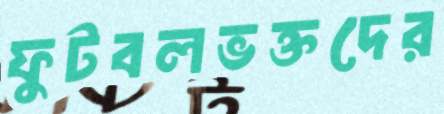
ফুটবলভক্তদের